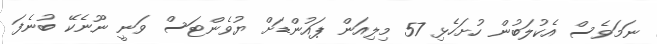
ނަމަވެސް އެކުލަބުން ހުށަހެޅި 57 މިލިއަން ޕައުންޑަށް ޔުވެންޓަސް ވަނީ ނޫނެކޭ ބުނެފަ